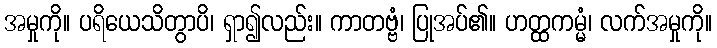
အမှုကို။ ပရိယေသိတွာပိ၊ ရှာ၍လည်း။ ကာတဗ္ဗံ၊ ပြုအပ်၏။ ဟတ္ထကမ္မံ၊ လက်အမှုကို။